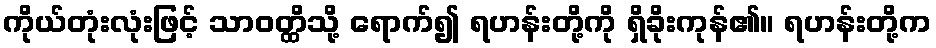
ကိုယ်တုံးလုံးဖြင့် သာဝတ္ထိသို့ ရောက်၍ ရဟန်းတို့ကို ရှိခိုးကုန်၏။ ရဟန်းတို့က